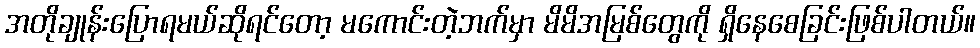
အတိုချုန်းပြောရမယ်ဆိုရင်တော့ မကောင်းတဲ့ဘက်မှာ မိမိအမြစ်တွေကို ရှိနေစေခြင်းဖြစ်ပါတယ်။